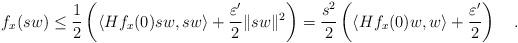
LaTeX: \begin{align*}f_x(sw)\leq \frac{1}{2}\left(\langle Hf_x(0)sw,sw\rangle+\frac{\varepsilon'}{2}\|sw\|^2\right)=\frac{s^2}{2}\left(\langle Hf_x(0)w,w\rangle+\frac{\varepsilon'}{2}\right)\quad.\end{align*}